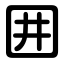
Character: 囲